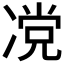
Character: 𰄆